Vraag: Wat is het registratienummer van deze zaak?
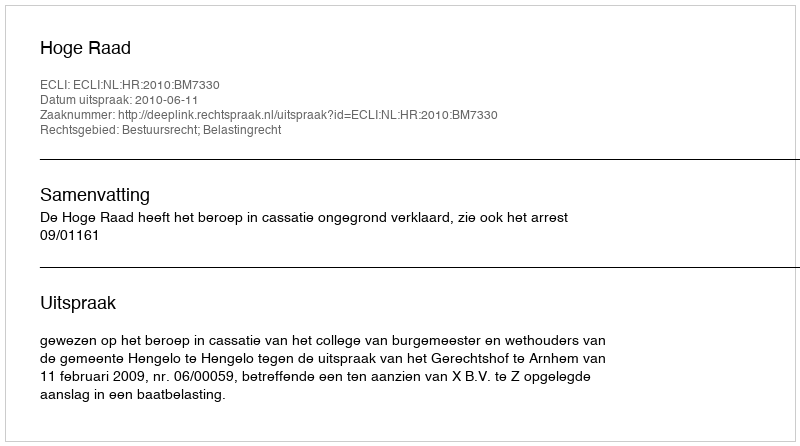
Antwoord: http://deeplink.rechtspraak.nl/uitspraak?id=ECLI:NL:HR:2010:BM7330